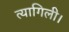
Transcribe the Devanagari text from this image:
त्यागिली।